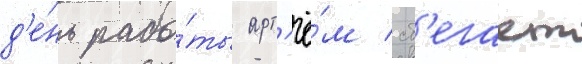
д'е́нь рабо́ты арт'ё́м сб'егает